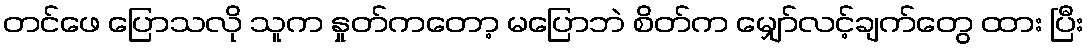
တင်ဖေ ပြောသလို သူက နှုတ်ကတော့ မပြောဘဲ စိတ်က မျှော်လင့်ချက်တွေ ထား ပြီး